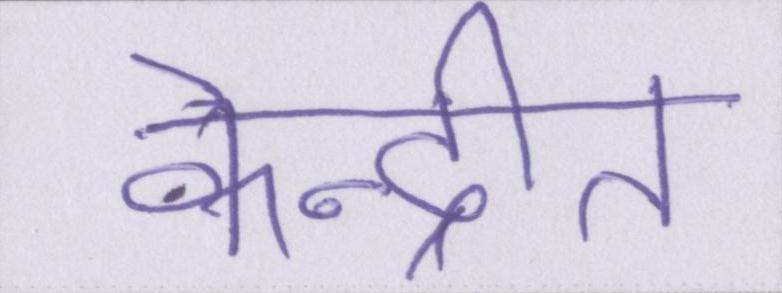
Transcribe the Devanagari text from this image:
केन्द्रीत